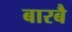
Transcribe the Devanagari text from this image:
बारबै